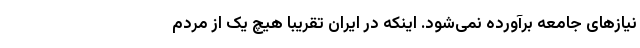
نیازهای جامعه برآورده نمی‌شود. اینکه در ایران تقریبا هیچ یک از مردم